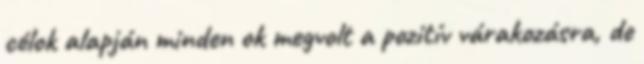
célok alapján minden ok megvolt a pozitív várakozásra, de